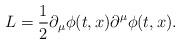
LaTeX: \begin{align*}L={1\over 2}\partial_{\mu}\phi(t,x)\partial^{\mu}\phi(t,x).\end{align*}